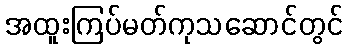
အထူးကြပ်မတ်ကုသဆောင်တွင်